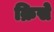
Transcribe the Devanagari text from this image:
क्रिसे